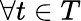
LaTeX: \forall t\in T